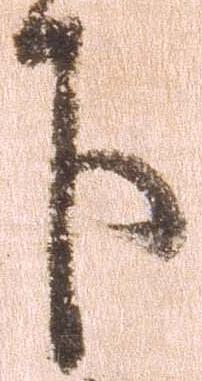
下